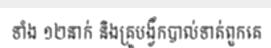
ទាំង ១២នាក់ និងគ្រូបង្វឹកបាល់ទាត់ពួកគេ